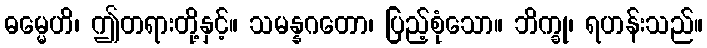
ဓမ္မေဟိ၊ ဤတရားတို့နှင့်။ သမန္နဂတော၊ ပြည့်စုံသော။ ဘိက္ခု၊ ရဟန်းသည်။